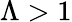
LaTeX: \Lambda>1